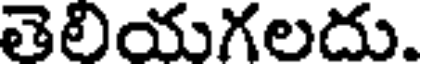
తెలియగలదు.